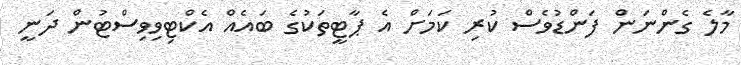
މާލެ ގެންނަން ފަންޑުވެސް ކުރި ކަމަށް އެ ޕާޓީތަކުގެ ބައެއް އެކްޓިވިވިސްޓުން ދަނީ